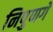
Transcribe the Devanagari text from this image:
निपुणगे